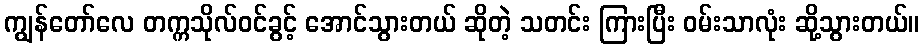
ကျွန်တော်လေ တက္ကသိုလ်ဝင်ခွင့် အောင်သွားတယ် ဆိုတဲ့ သတင်း ကြားပြီး ဝမ်းသာလုံး ဆို့သွားတယ်။